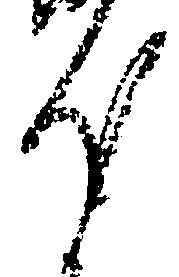
汰